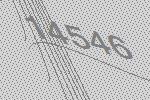
14546